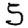
Digit: 5